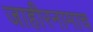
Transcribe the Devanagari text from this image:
जाहीरनामाच